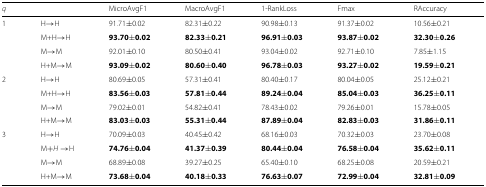
<table><thead><tr><td><b><i>q</i></b></td><td></td><td><b>MicroAvgF1</b></td><td><b>MacroAvgF1</b></td><td><b>1-RankLoss</b></td><td><b>Fmax</b></td><td><b>RAccuracy</b></td></tr></thead><tbody><tr><td>1</td><td>H →H</td><td>91.71 ±0.02</td><td>82.31 ±0.22</td><td>90.98 ±0.13</td><td>91.37 ±0.02</td><td>10.56 ±0.21</td></tr><tr><td></td><td>M+H →H</td><td><b>93.70 ±0.02</b></td><td><b>82.33 ±0.21</b></td><td><b>96.91 ±0.03</b></td><td><b>93.87 ±0.02</b></td><td><b>32.30 ±0.26</b></td></tr><tr><td></td><td>M →M</td><td>92.01 ±0.10</td><td>80.50 ±0.41</td><td>93.04 ±0.02</td><td>92.71 ±0.10</td><td>7.85 ±1.15</td></tr><tr><td></td><td>H+M →M</td><td><b>93.09 ±0.02</b></td><td><b>80.60 ±0.40</b></td><td><b>96.78 ±0.03</b></td><td><b>93.27 ±0.02</b></td><td><b>19.59 ±0.21</b></td></tr><tr><td>2</td><td>H →H</td><td>80.69 ±0.05</td><td>57.31 ±0.41</td><td>80.40 ±0.17</td><td>80.04 ±0.05</td><td>25.12 ±0.21</td></tr><tr><td></td><td>M+H →H</td><td><b>83.56 ±0.03</b></td><td><b>57.81 ±0.44</b></td><td><b>89.24 ±0.04</b></td><td><b>85.04 ±0.03</b></td><td><b>36.25 ±0.11</b></td></tr><tr><td></td><td>M →M</td><td>79.02 ±0.01</td><td>54.82 ±0.41</td><td>78.43 ±0.02</td><td>79.26 ±0.01</td><td>15.78 ±0.05</td></tr><tr><td></td><td>H+M →M</td><td><b>83.03 ±0.03</b></td><td><b>55.31 ±0.44</b></td><td><b>87.89 ±0.04</b></td><td><b>82.83 ±0.03</b></td><td><b>31.86 ±0.11</b></td></tr><tr><td>3</td><td>H →H</td><td>70.09 ±0.03</td><td>40.45 ±0.42</td><td>68.16 ±0.03</td><td>70.32 ±0.03</td><td>23.70 ±0.08</td></tr><tr><td></td><td>M +<i>H</i>→H</td><td><b>74.76 ±0.04</b></td><td><b>41.37 ±0.39</b></td><td><b>80.44 ±0.04</b></td><td><b>76.58 ±0.04</b></td><td><b>35.62 ±0.11</b></td></tr><tr><td></td><td>M →M</td><td>68.89 ±0.08</td><td>39.27 ±0.25</td><td>65.40 ±0.10</td><td>68.25 ±0.08</td><td>20.59 ±0.21</td></tr><tr><td></td><td>H+M →M</td><td><b>73.68 ±0.04</b></td><td><b>40.18 ±0.33</b></td><td><b>76.63 ±0.07</b></td><td><b>72.99 ±0.04</b></td><td><b>32.81 ±0.09</b></td></tr></tbody></table>